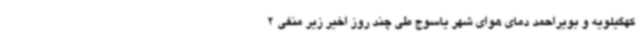
کهگیلویه و بویراحمد دمای هوای شهر یاسوج طی چند روز اخیر زیر منفی 2